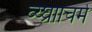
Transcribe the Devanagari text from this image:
व्य्घ्रााचर्म